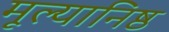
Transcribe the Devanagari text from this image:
मूल्यानिष्ठ